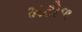
મટોળ